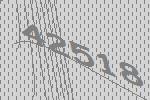
42518